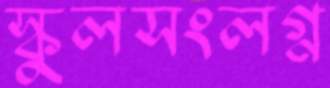
স্কুলসংলগ্ন